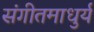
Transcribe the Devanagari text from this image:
संगीतमाधुर्य